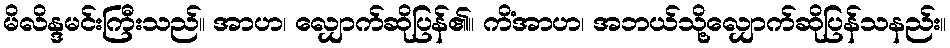
မိလိန္ဒမင်းကြီးသည်။ အာဟ၊ လျှောက်ဆိုပြန်၏။ ကိံအာဟ၊ အဘယ်သို့လျှောက်ဆိုပြန်သနည်း။